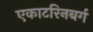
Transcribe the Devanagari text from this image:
एकाटरिनबर्ग